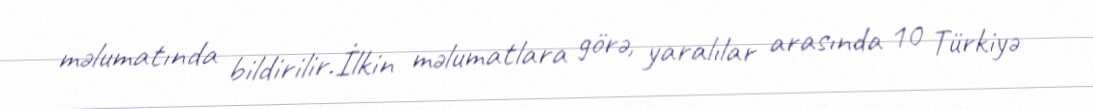
məlumatında bildirilir.İlkin məlumatlara görə, yaralılar arasında 10 Türkiyə